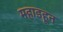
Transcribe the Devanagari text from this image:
महाडहून